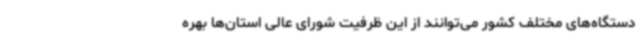
دستگاه‌های مختلف کشور می‌توانند از این ظرفیت شورای عالی استان‌ها بهره